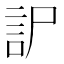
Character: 𧥤